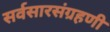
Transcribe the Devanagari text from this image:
सर्वसारसंग्रहणी